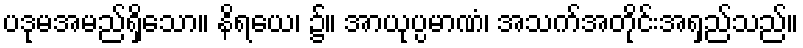
ပဒုမအမည်ရှိသော။ နိရယေ၊ ၌။ အာယုပ္ပမာဏံ၊ အသက်အတိုင်းအရှည်သည်။